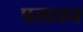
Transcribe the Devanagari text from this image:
पलावन